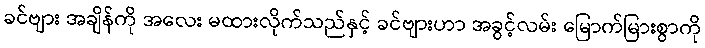
ခင်ဗျား အချိန်ကို အလေး မထားလိုက်သည်နှင့် ခင်ဗျားဟာ အခွင့်လမ်း မြောက်မြားစွာကို